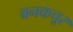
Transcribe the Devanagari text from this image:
बनकचूर